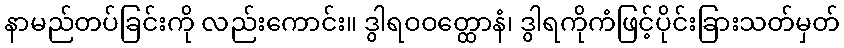
နာမည်တပ်ခြင်းကို လည်းကောင်း။ ဒွါရဝဝတ္ထောနံ၊ ဒွါရကိုကံဖြင့်ပိုင်းခြားသတ်မှတ်